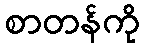
စာတန်ကို